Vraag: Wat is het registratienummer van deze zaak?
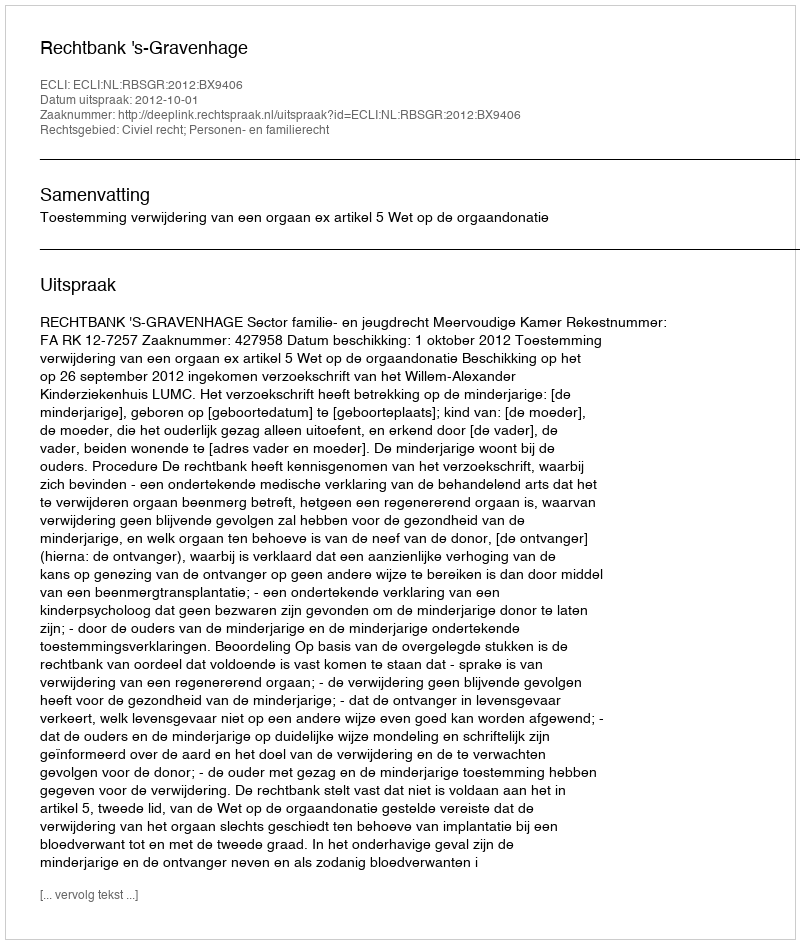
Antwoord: http://deeplink.rechtspraak.nl/uitspraak?id=ECLI:NL:RBSGR:2012:BX9406